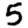
Digit: 5